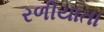
રળીયાતા